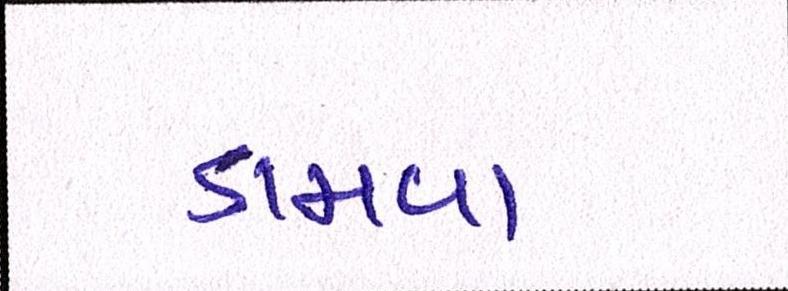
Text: ડામવા